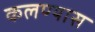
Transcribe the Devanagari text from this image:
कलण्यास